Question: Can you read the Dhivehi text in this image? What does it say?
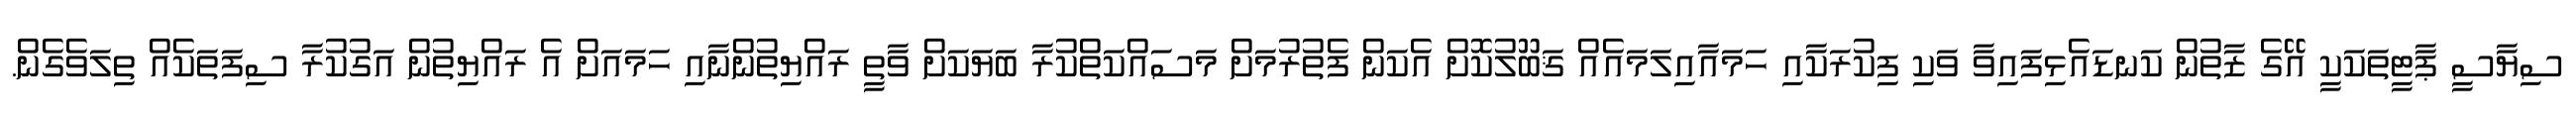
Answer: ސިޔާސީ ޕާޓީތަކަކީ އޭގެ ޒާތުން ކަނޑައެޅިފައިވާ ވަކި ފިކުރަކާއި ހަމައާއިލަމައެއް ޤަބޫލުކޮށް އެކަން ފެތުރުމަށް މަސައްކަތްކުރާ ބަޔަކަށް ވާތީ ރައްޔިތުންނާއި ހަމައަށް އެ ރައްޔިތުން އަގުކުރާ ސިފަތަކެއް ތިލަވެގެން.